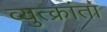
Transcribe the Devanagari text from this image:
व्युत्क्रांता